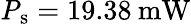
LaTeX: \mathrm{\mathit{P}_{s}}=19.38\: \mathrm{mW}